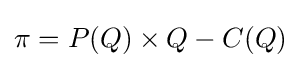
\pi =P(Q)\times Q-C(Q)